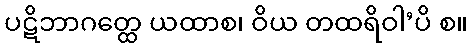
ပဋိဘာဂတ္ထေ ယထာစ၊ ဝိယ တထရိဝါ’ပိ စ။